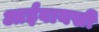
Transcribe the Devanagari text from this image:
आईवायसी